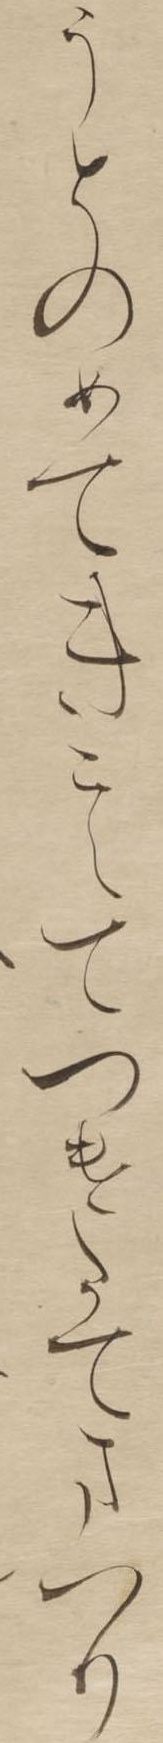
うとのめてきこえてつけたてまつり